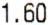
1.60